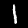
Digit: 1